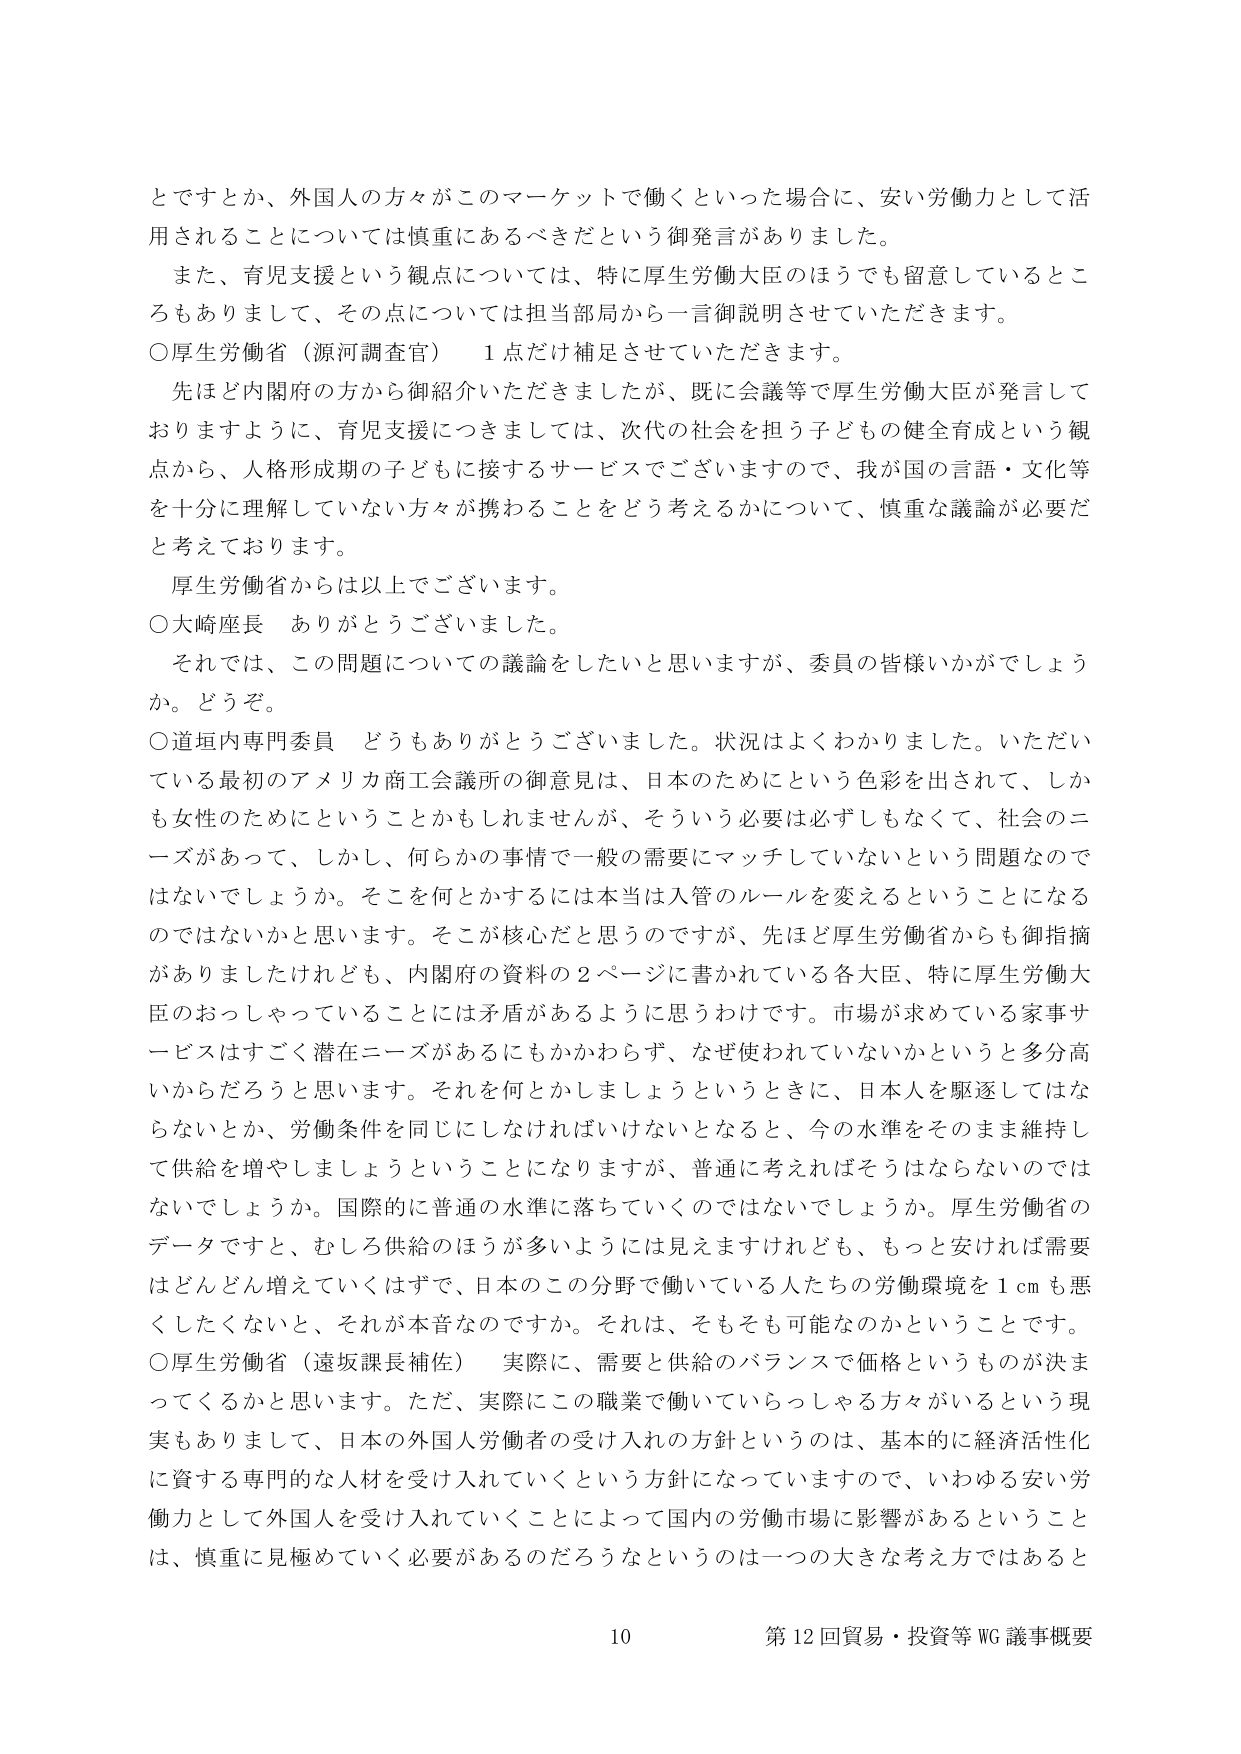
とですとか、外国人の方々がこのマーケットで働くといった場合に、安い労働力として活用されることについては慎重にあるべきだという御発言がありました。

また、育児支援という観点については、特に厚生労働大臣のほうでも留意しているところもありまして、その点については担当部局から一言御説明させていただきます。

○厚生労働省（源河調査官）　1点だけ補足させていただきます。

先ほど内閣府の方から御紹介いただきましたが、既に会議等で厚生労働大臣が発言しておりますように、育児支援につきましては、次代の社会を担う子どもの健全育成という観点から、人格形成期の子どもに接するサービスでございますので、我が国の言語・文化等を十分に理解していない方々が携わることをどう考えるかについて、慎重な議論が必要だと考えております。

厚生労働省からは以上でございます。

○大崎座長　ありがとうございました。

それでは、この問題についての議論をしたいと思いますが、委員の皆様いかがでしょうか。どうぞ。

○道垣内専門委員　どうもありがとうございました。状況はよくわかりました。いただいている最初のアメリカ商工会議所の御意見は、日本のためにという色彩を出されて、しかも女性のためにということかもしれませんが、そういう必要は必ずしもなくて、社会のニーズがあって、しかし、何らかの事情で一般の需要にマッチしていないという問題なのではないでしょうか。そこを何とかするには本当は入管のルールを変えるということになるのではないかと思います。そこが核心だと思うのですが、先ほど厚生労働省からも御指摘がありましたけれども、内閣府の資料の2ページに書かれている各大臣、特に厚生労働大臣のおっしゃっていることには矛盾があるように思うわけです。市場が求めている家事サービスはすごく潜在ニーズがあるにもかかわらず、なぜ使われていないかというと多分高いからだろうと思います。それを何とかしましょうというときに、日本人を駆逐してはならないとか、労働条件を同じにしなければいけないとなると、今の水準をそのまま維持して供給を増やしましょうということになりますが、普通に考えればそうはならないのではないでしょうか。国際的に普通の水準に落ちていくのではないでしょうか。厚生労働省のデータですと、むしろ供給のほうが多いうようには見えますけれども、もっと安ければ需要はどんどん増えていくはずで、日本のこの分野で働いている人たちの労働環境を1cmも悪くしたくないと、それが本音なのですか。それは、そもそも可能なのかということです。

○厚生労働省（遠坂課長補佐）　実際に、需要と供給のバランスで価格というものが決まってくるかと思います。ただ、実際にこの職業で働いていらっしゃる方々がいるという現実もありまして、日本の外国人労働者の受け入れの方針というのは、基本的に経済活性化に資する専門的な人材を受け入れていくという方針になっていますので、いわゆる安い労働力として外国人を受け入れていくことによって国内の労働市場に影響があるということは、慎重に見極めていく必要があるのだろうなというのは一つの大きな考え方ではあると

10　第12回貿易・投資等WG議事概要